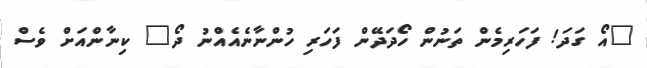
"އޯ ގަދަ! ފަހަރިމެން ތަނުން ހޯދަދޭން ފަހަރި ހުންނާނެއެއްނު ދޯ" ކިނާންއަށް ވެސް